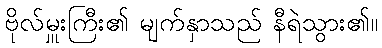
ဗိုလ်မှူးကြီး၏ မျက်နှာသည် နီရဲသွား၏။